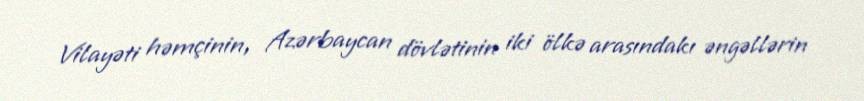
Vilayəti həmçinin, Azərbaycan dövlətinin iki ölkə arasındakı əngəllərin